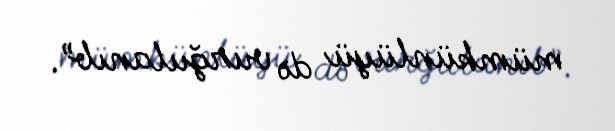
mümkünlüyü də vurğulanıb”.